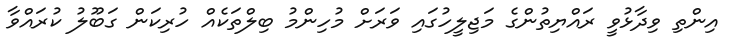
އިންތި ވިދާޅުވީ ރައްޔިތުންގެ މަޖިލީހުގައި ވަރަށް މުހިންމު ބިލްތަކެއް ހުރިކަން ގަބޫލު ކުރައްވާ